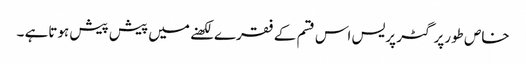
خاص طورپر گٹر پریس اس قسم کے فقرے لکھنے میں پیش پیش ہوتاہے ۔